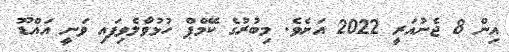
އިން 8 ޖެނުއަރީ 2022 އަށެވެ. މިބުރުގެ ކޭމްޕް ހުޅުވާލެވިފައި ވަނީ އައްޑޫ